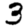
Digit: 3